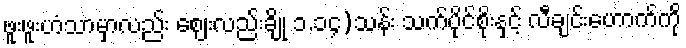
ဖူးဖူးဟံသာမှာလည်း ဈေးလည်းချို ၁.၁၄)သန်း သက်ပိုင်စိုးနှင့် လီချင်းဟောက်ကို